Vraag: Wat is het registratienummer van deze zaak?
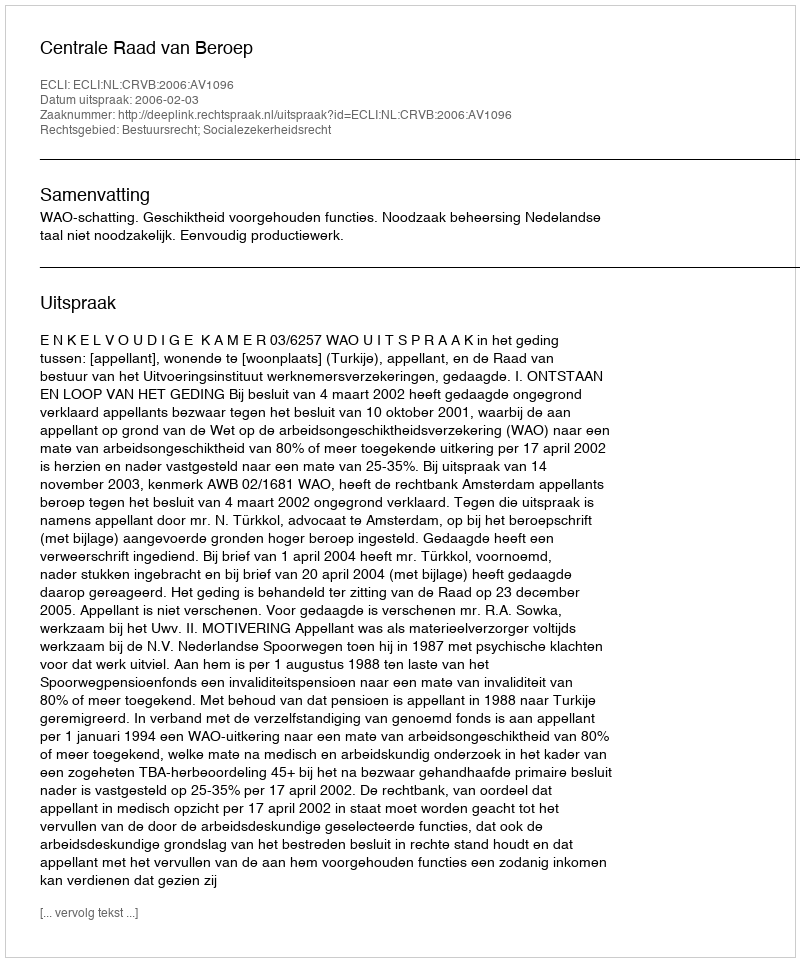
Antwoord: http://deeplink.rechtspraak.nl/uitspraak?id=ECLI:NL:CRVB:2006:AV1096